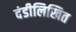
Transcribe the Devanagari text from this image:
दंडीलिखित